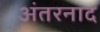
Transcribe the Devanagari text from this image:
अंतरनाद